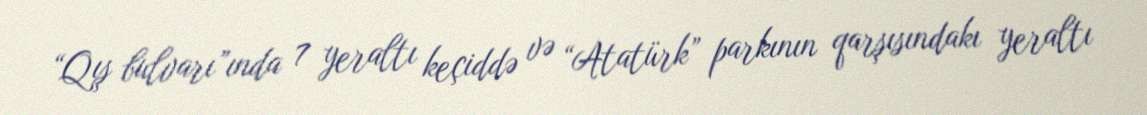
“Qış bulvarı”ında 7 yeraltı keçiddə və “Atatürk” parkının qarşısındakı yeraltı